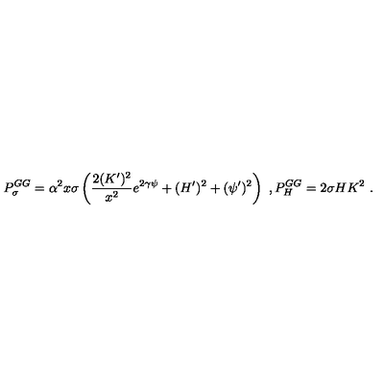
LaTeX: P _ { \sigma } ^ { G G } = \alpha ^ { 2 } x \sigma \left( \frac { 2 ( K ^ { \prime } ) ^ { 2 } } { x ^ { 2 } } e ^ { 2 \gamma \psi } + ( H ^ { \prime } ) ^ { 2 } + ( \psi ^ { \prime } ) ^ { 2 } \right) \ , P _ { H } ^ { G G } = 2 \sigma H K ^ { 2 } \ .